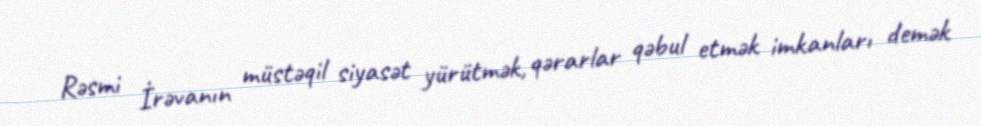
Rəsmi İrəvanın müstəqil siyasət yürütmək, qərarlar qəbul etmək imkanları demək